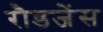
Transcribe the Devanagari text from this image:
रौडजेंस